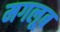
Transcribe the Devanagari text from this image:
मगलूब